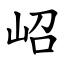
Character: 岹